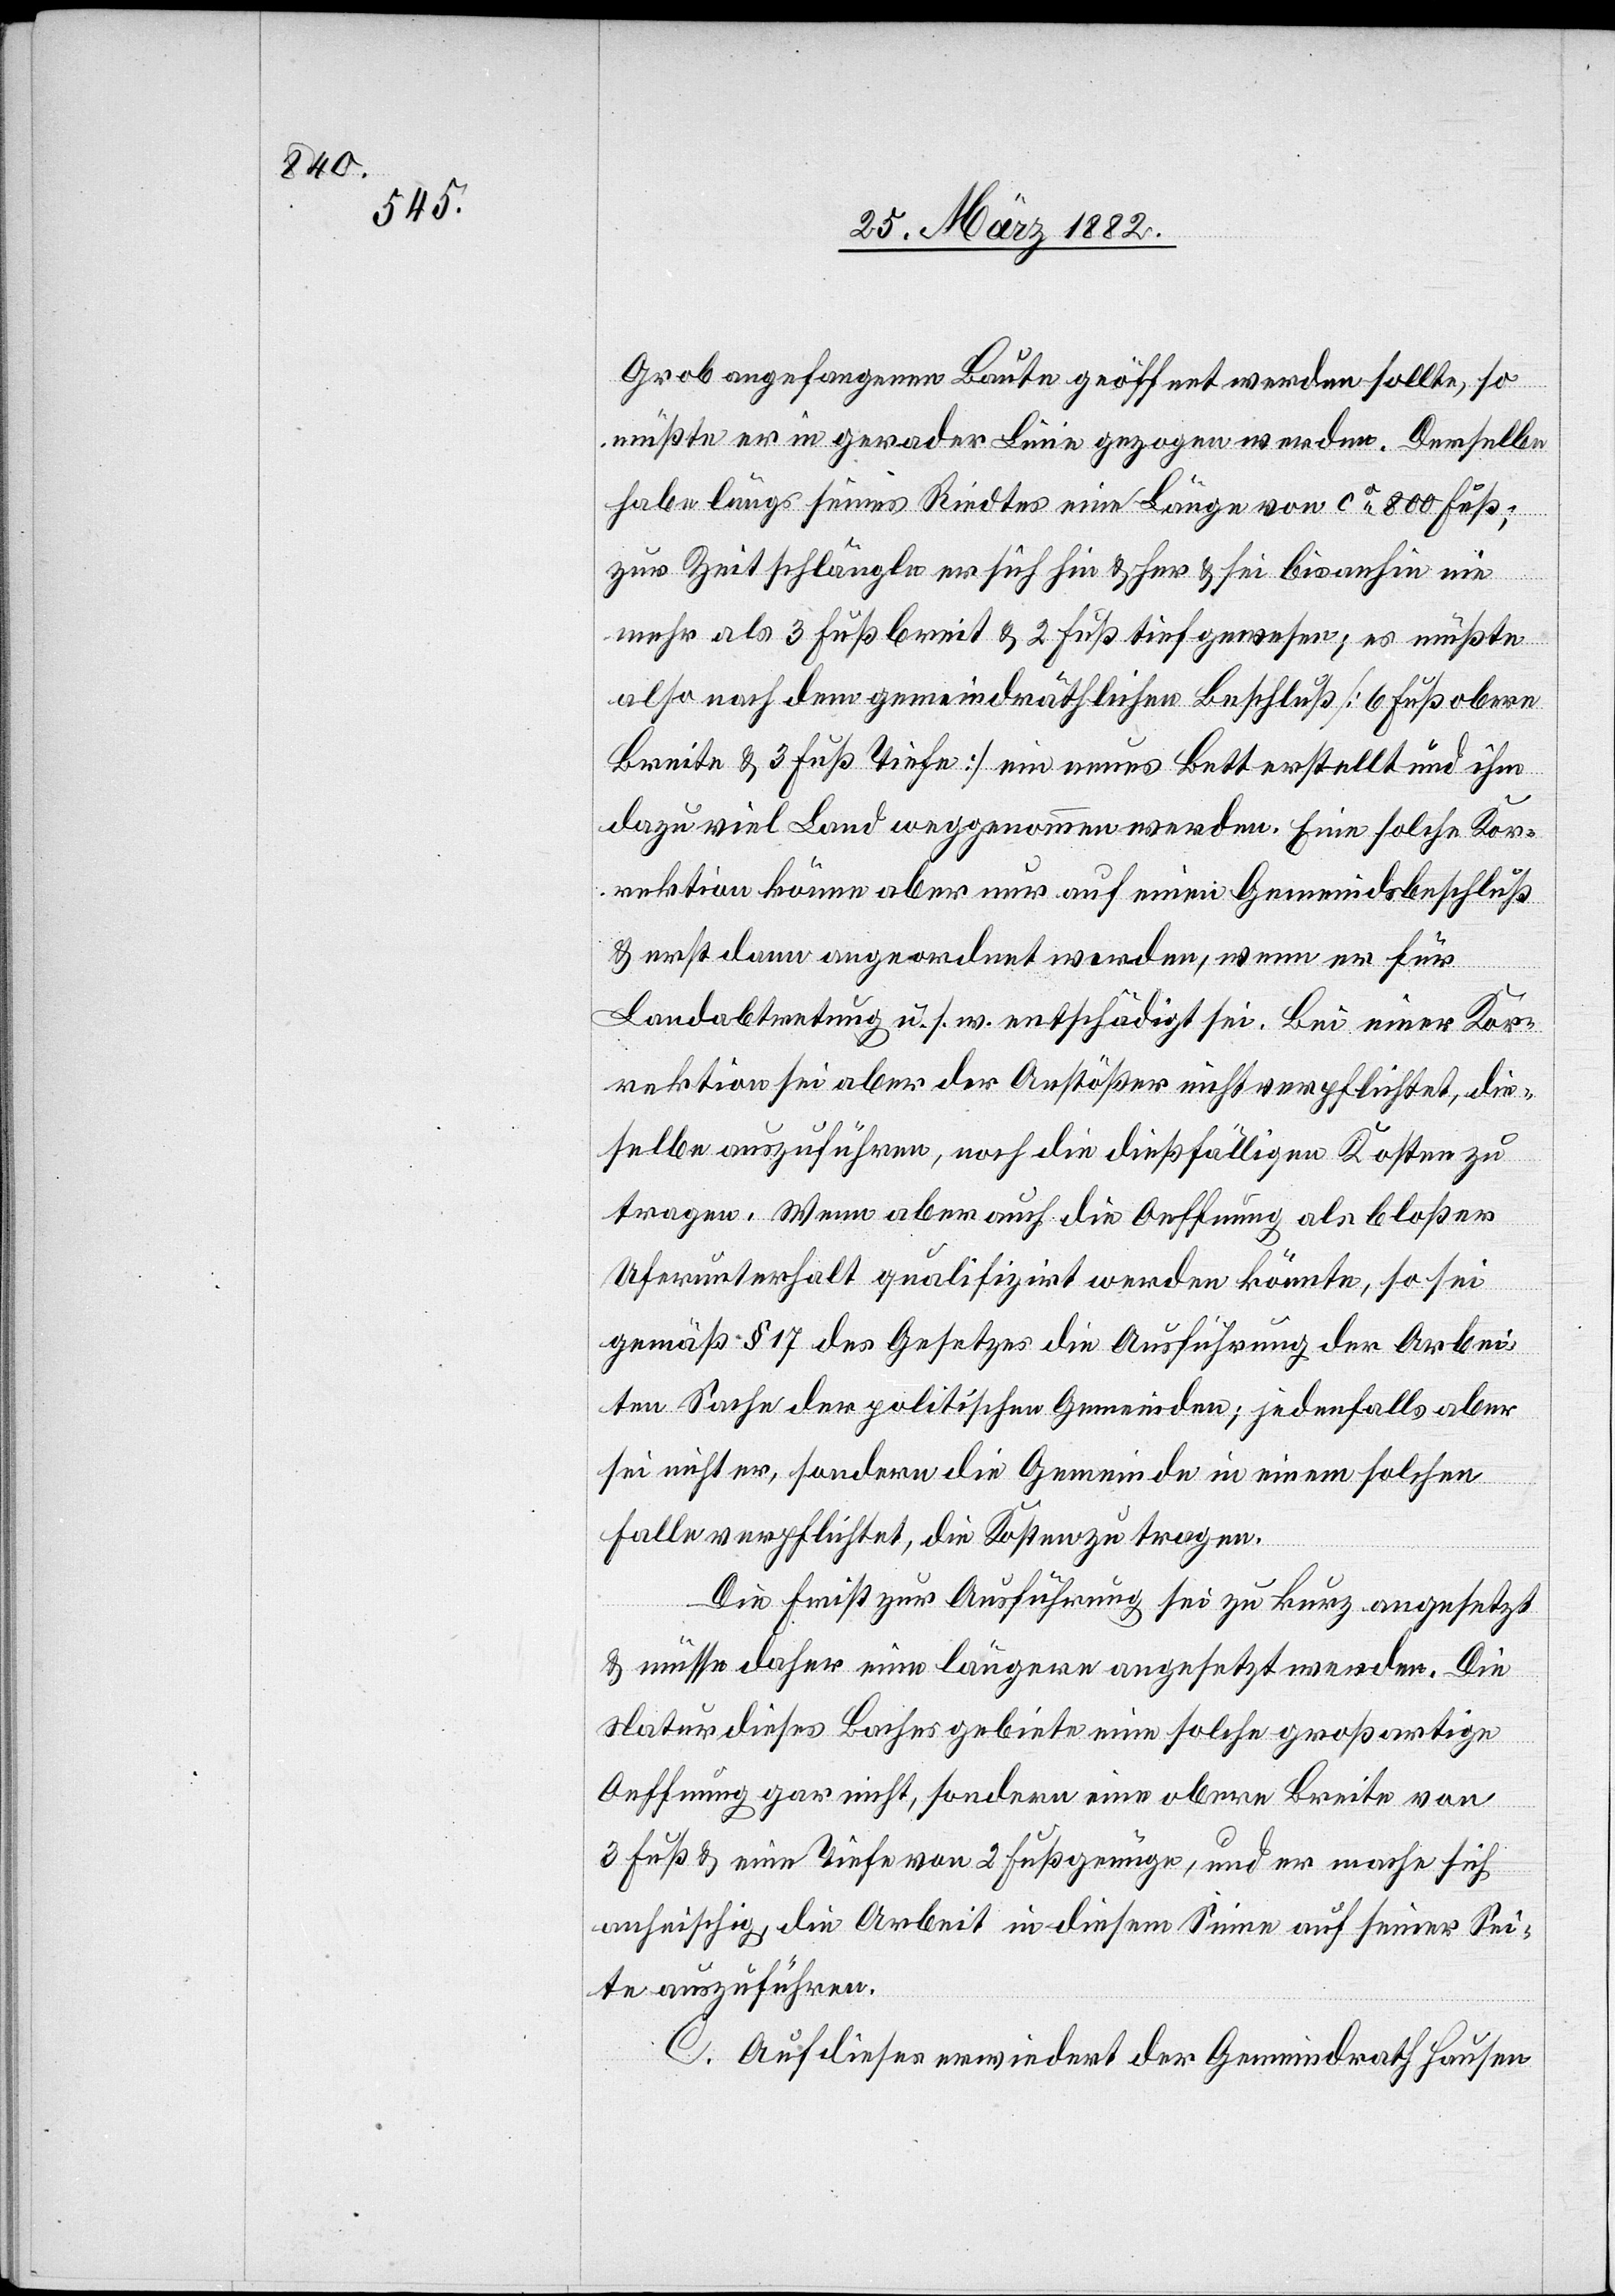
Grob angefangenen Baute geöffnet werden sollte, so
müßte er in gerader Linie gezogen werden. Derselben
habe längs seines Riedtes eine Länge von ca 800 Fuß;
zur Zeit schlänge er sich hin & her & sei bis anhin nie
mehr als 3 Fuß breit & 2 Fuß tief gewesen; es müßte
also nach dem gemeindräthlichen Beschluß [6 Fuß obere
Breite & 3 Fuß Tiefe] ein neues Bett erstellt und ihm
dazu viel Land weggenommen werden. Eine solche Kor¬
rektion könne aber nur auf einen Gemeindsbeschluß
& erst dann angeordnet werden, wenn er für
Landabtretungen u. s. w. entschädigt sei. Bei einer Kor¬
rektion sei aber der Anstößer nicht verpflichtet, die¬
selbe auszuführen, noch die dießfälligen Kosten zu
tragen. Wenn aber auch die Oeffnung als bloßer
Uferunterhalt qualifiziert werden könnte, so sei
gemäß § 17 des Gesetzes die Ausführung der Arbei¬
ten Sache der politischen Gemeinden; jedenfalls aber
sei nicht er, sondern die Gemeinde in einem solchen
Falle verpflichtet, die Kosten zu tragen.
Die Frist zur Ausführung sei zu kurz angesetzt
& müsse daher eine längere angesetzt werden. Die
Natur dieses Baches gebiete eine solche großartige
Oeffnung gar nicht, sondern eine obere Breite von
3 Fuß & eine Tiefe von 2 Fuß genüge, und er mache sich
anheischig, die Arbeit in diesem Sinne auf seiner Sei¬
te auszuführen.
C. Auf dieses erwiedert der Gemeindrath Hausen